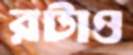
রটাও